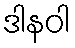
ဒါနဝါ